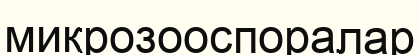
микрозооспоралар